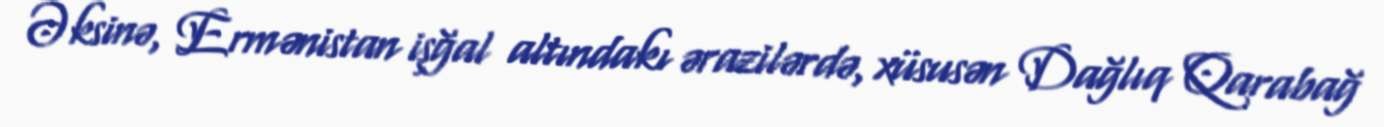
Əksinə, Ermənistan işğal altındakı ərazilərdə, xüsusən Dağlıq Qarabağ